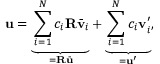
\mathbf { u } = \underbrace { \sum _ { i = 1 } ^ { N } c _ { i } \mathbf { R } \bar { \mathbf { v } } _ { i } } _ { = \mathbf { R } \bar { \mathbf { u } } } + \underbrace { \sum _ { i = 1 } ^ { N } c _ { i } \mathbf { v } _ { i } ^ { \prime } } _ { = \mathbf { u } ^ { \prime } } ,